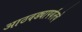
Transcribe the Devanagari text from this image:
आठवड्यापर्यंतचे